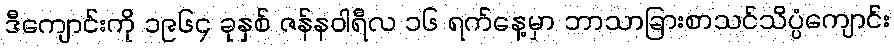
ဒီကျောင်းကို ၁၉၆၄ ခုနှစ် ဇန်နဝါရီလ ၁၆ ရက်နေ့မှာ ဘာသာခြားစာသင်သိပ္ပံကျောင်း